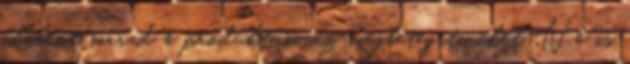
odabent marad a produktum, az megbetegíti őket. Ne is